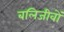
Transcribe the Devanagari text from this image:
बलिजीवों